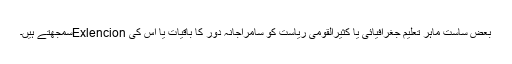
بعض ساست ماہر تعلیم جغرافیائی یا کثیرالقومی ریاست کو سامراجانہ دور کا باقیات یا اس کی Exlencionسمجھتے ہیں۔